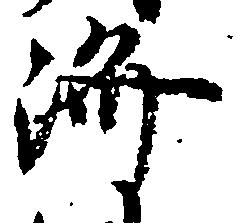
済